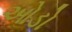
ઓડો